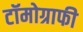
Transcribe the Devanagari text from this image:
टॉमोग्राफी